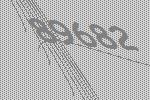
89682